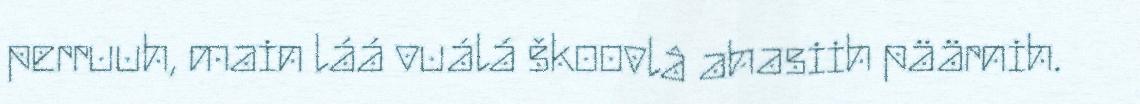
perruuh, main láá vuálá škoovlâ ahasiih päärnih.